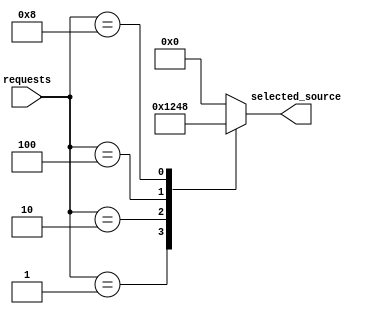
module priority_arbiter (
    input wire [3:0] requests, // Input requests from 4 sources
    output reg [3:0] selected_source // Output selected source
);

always @* begin
    case (requests)
        4'b0001: selected_source = 4'b0001; // Priority 1
        4'b0010: selected_source = 4'b0010; // Priority 2
        4'b0100: selected_source = 4'b0100; // Priority 3
        4'b1000: selected_source = 4'b1000; // Priority 4
        default: selected_source = 4'b0000; // No request, default to 0
    endcase
end

endmodule